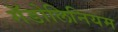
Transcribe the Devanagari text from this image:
गॅडोलिनियम